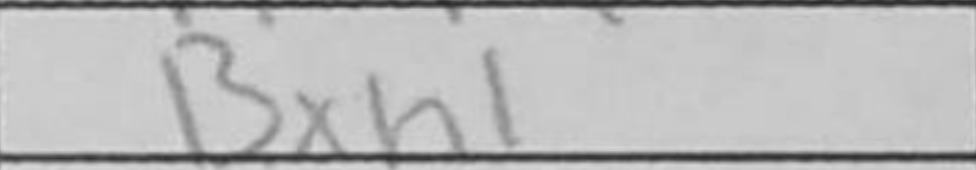
Transcription: Bxh1